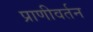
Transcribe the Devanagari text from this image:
प्राणीवर्तन